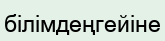
білімдеңгейіне